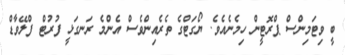
ބީ ވިޓަމިންސް ޕްރޮޓީން ހިމެނެއެވެ. ޔޯގަޓްގެ ތެރެއިންވެސް އެންމެ ރަނގަޅީ ފުރުޓް ފްލޭވާޑް